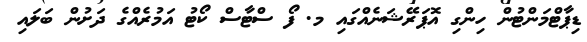
ޑިޕާޓްމަންޓުން ހިންގި އޮޕަރޭޝަނެއްގައި މ. ފޯ ސްޓާސް ކޯޓު އަމުރެއްގެ ދަށުން ބަލައި